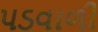
પડવાળી